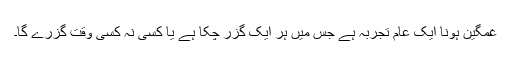
غمگین ہونا ایک عام تجربہ ہے جس میں ہر ایک گزر چکا ہے یا کسی نہ کسی وقت گزرے گا۔